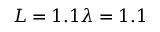
L = 1 . 1 \lambda = 1 . 1